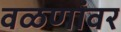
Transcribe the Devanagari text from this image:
वळणांवर